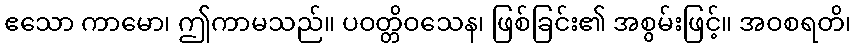
ဧသော ကာမော၊ ဤကာမသည်။ ပဝတ္တိဝသေန၊ ဖြစ်ခြင်း၏ အစွမ်းဖြင့်။ အဝစရတိ၊